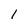
Character: 1